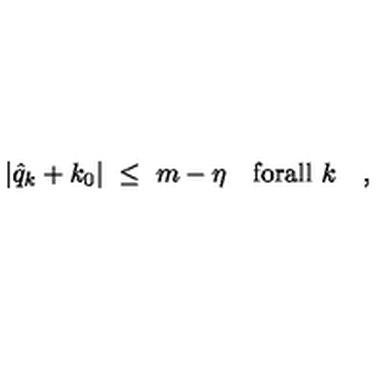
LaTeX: \vert \hat { q } _ { k } + k _ { 0 } \vert \ \leq \ m - \eta \quad \mathrm { f o r a l l } \ k \quad ,